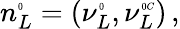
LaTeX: n_{L}^{\tiny{0}}=(\nu_{L}^{\tiny{0}},{\nu}_{L}^{\tiny{0}C})\, ,